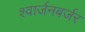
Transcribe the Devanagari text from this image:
श्वार्जनबर्जर